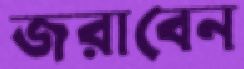
জরাবেন